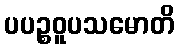
ပပဉ္စဝူပသမောတိ